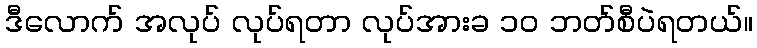
ဒီလောက် အလုပ် လုပ်ရတာ လုပ်အားခ ၁၀ ဘတ်စီပဲရတယ်။